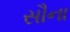
સૌના